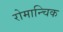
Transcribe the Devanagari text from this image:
रोमान्चिक